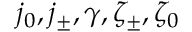
j _ { 0 } , j _ { \pm } , \gamma , \zeta _ { \pm } , \zeta _ { 0 }